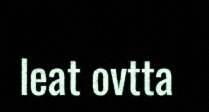
leat ovtta